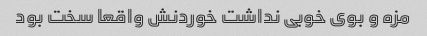
مزه و بوی خوبی نداشت خوردنش واقعا سخت بود